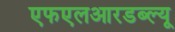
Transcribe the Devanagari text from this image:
एफएलआरडब्ल्यू